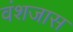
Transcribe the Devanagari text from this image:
वंशजास